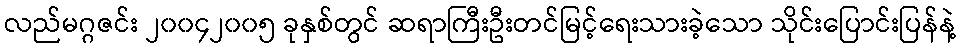
လည်မဂ္ဂဇင်း ၂၀၀၄၂၀၀၅ ခုနှစ်တွင် ဆရာကြီးဦးတင်မြင့်ရေးသားခဲ့သော သိုင်းပြောင်းပြန်နဲ့